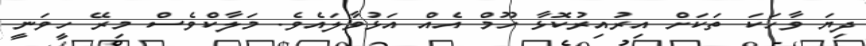
ދިޔަ ވާހަކަ ތަކަށް އިރުއިރުކޮޅާ ހޫމް އެއް އަޅުވާލައެވެ. މަލާކްވެސް މިރޭ ހީވަނީ